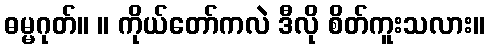
ဓမ္မဂုတ်။ ။ ကိုယ်တော်ကလဲ ဒီလို စိတ်ကူးသလား။